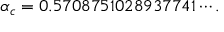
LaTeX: \alpha _ { c } = 0 . 5 7 0 8 7 5 1 0 2 8 9 3 7 7 4 1 \cdots .